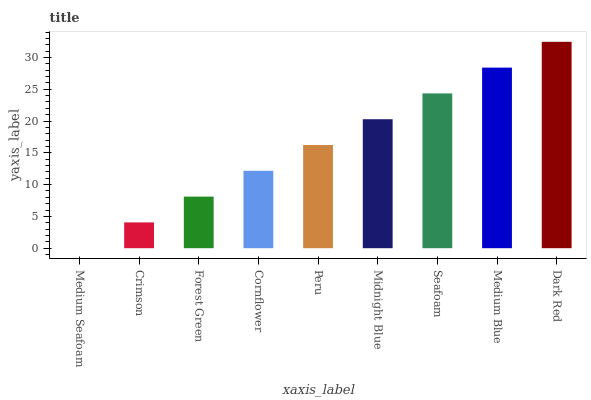
| xaxis_label | bars |
 | --- | --- |
 | Medium Seafoam | 0 |
 | Crimson | 4.06 |
 | Forest Green | 8.11 |
 | Cornflower | 12.2 |
 | Peru | 16.2 |
 | Midnight Blue | 20.3 |
 | Seafoam | 24.3 |
 | Medium Blue | 28.4 |
 | Dark Red | 32.5 |